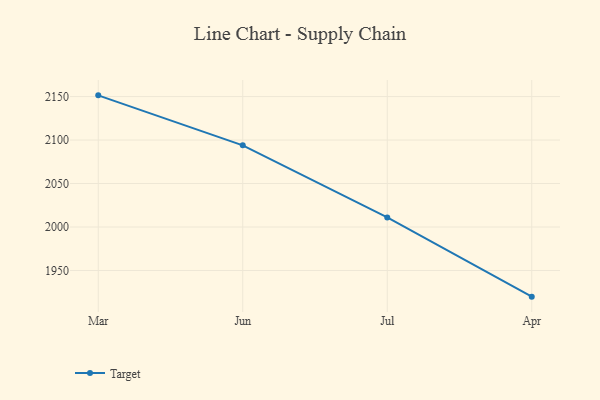
{"axis": {"x": "Month", "y": "Gross Profit (USD K)"}, "legend": ["Target"], "data": [{"x": "Mar", "y": 2151.4, "type": "Target"}, {"x": "Jun", "y": 2093.9, "type": "Target"}, {"x": "Jul", "y": 2011.0, "type": "Target"}, {"x": "Apr", "y": 1919.9, "type": "Target"}]}